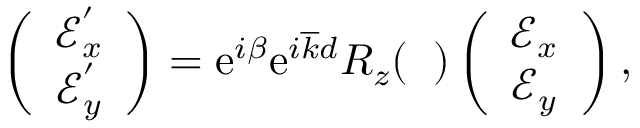
\begin{array} { r } { \left( \begin{array} { c } { \mathcal { E } _ { x } ^ { ' } } \\ { \mathcal { E } _ { y } ^ { ' } } \end{array} \right) = \mathrm { e } ^ { i \beta } \mathrm { e } ^ { i \overline { { k } } d } R _ { z } ( { \it \Delta \Psi } ) \left( \begin{array} { c } { \mathcal { E } _ { x } } \\ { \mathcal { E } _ { y } } \end{array} \right) , } \end{array}